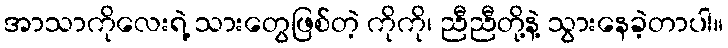
အာသာကိုလေးရဲ့ သားတွေဖြစ်တဲ့ ကိုကို၊ ညီညီတို့နဲ့ သွားနေခဲ့တာပါ။